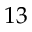
1 3